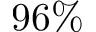
9 6 \%